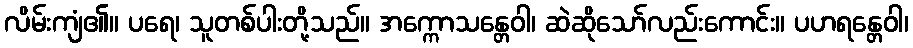
လိမ်းကျံ၏။ ပရေ၊ သူတစ်ပါးတို့သည်။ အက္ကောသန္တေဝါ၊ ဆဲဆိုသော်လည်းကောင်း။ ပဟရန္တေဝါ၊